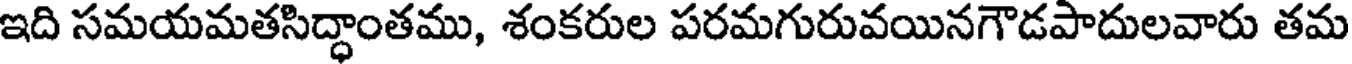
ఇది సమయమతసిద్ధాంతము, శంకరుల పరమగురువయినగౌడపాదులవారు తమ